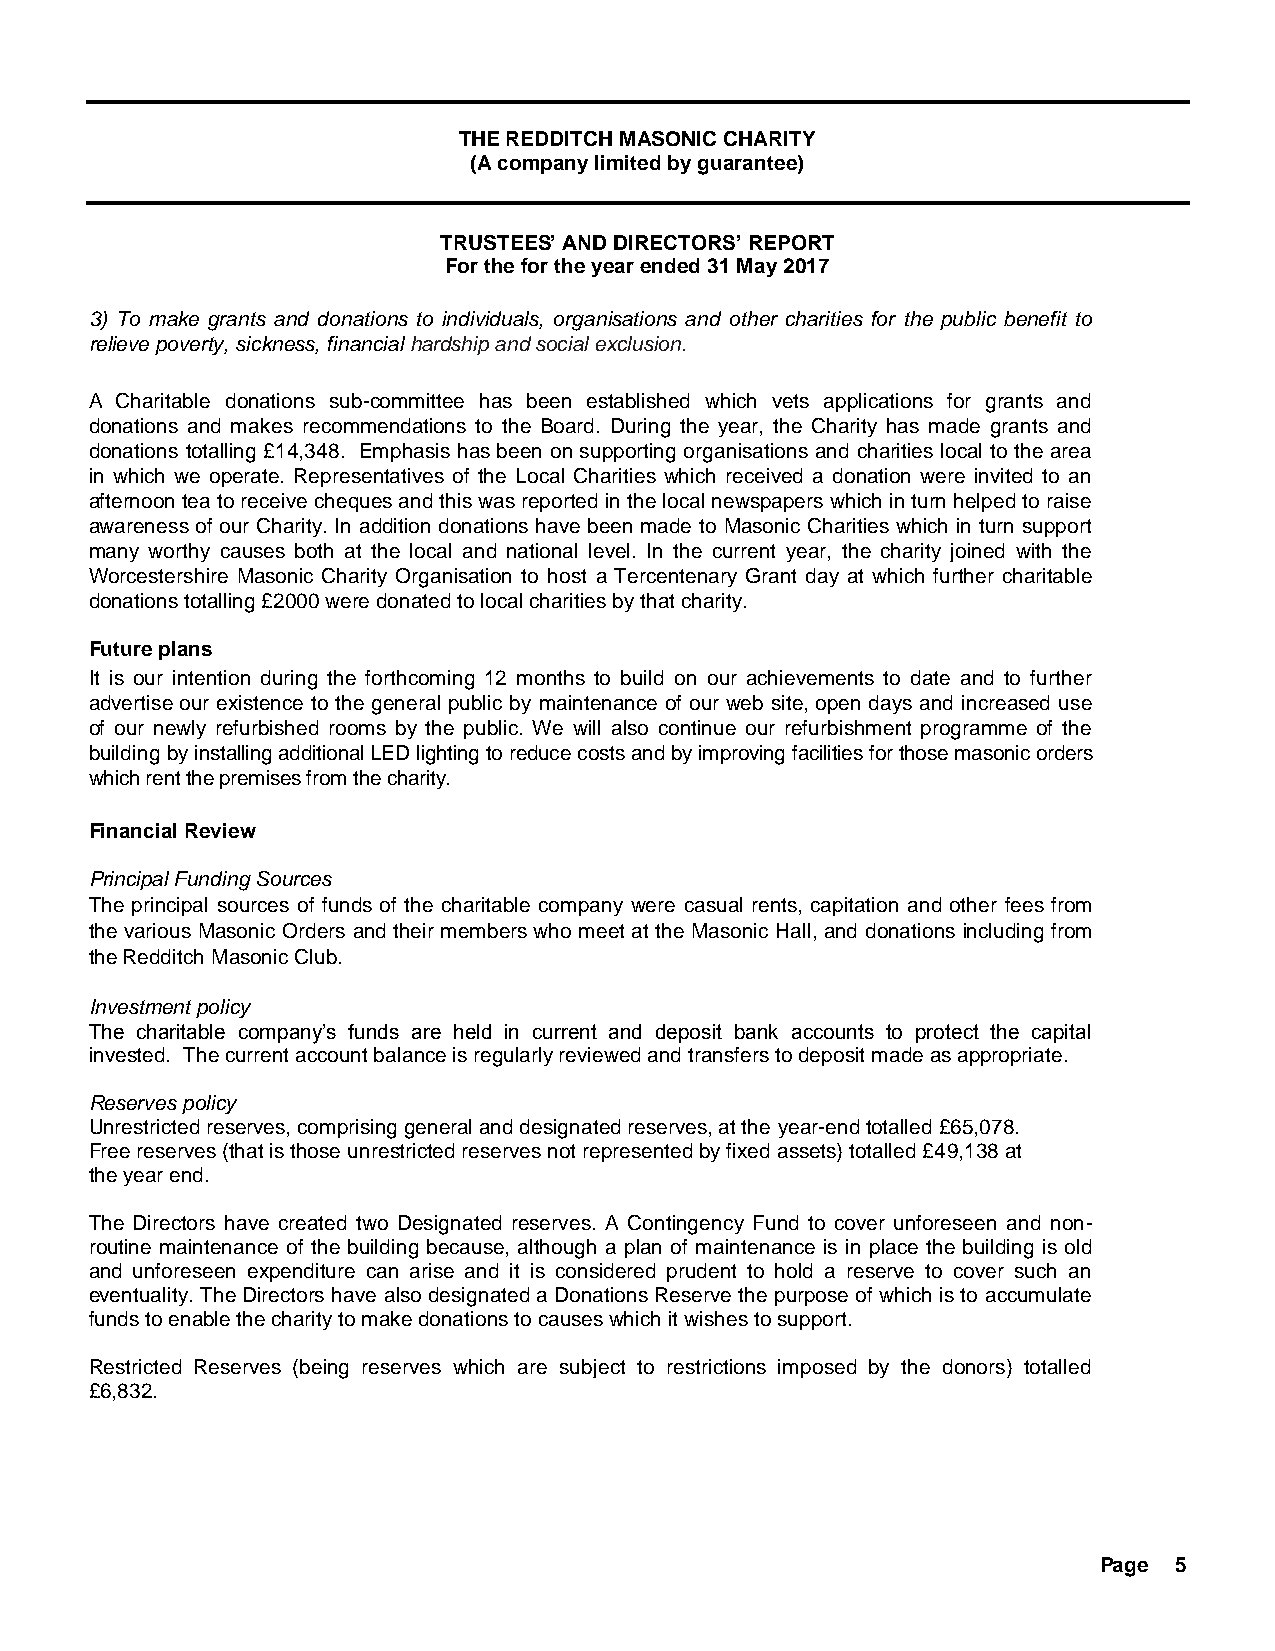
THE REDDITCH MASONIC CHARITY
 (A company limited by guarantee)
 TRUSTEES’ AND DIRECTORS’ REPORT
 For the for the year ended 31 May 2017
 3) To make grants and donations to individuals, organisations and other charities for the public benefit to
 relieve poverty, sickness, financial hardship and social exclusion.
 A Charitable donations sub-committee has been established which vets applications for grants and
 donations and makes recommendations to the Board. During the year, the Charity has made grants and
 donations totalling £14,348. Emphasis has been on supporting organisations and charities local to the area
 in which we operate. Representatives of the Local Charities which received a donation were invited to an
 afternoon tea to receive cheques and this was reported in the local newspapers which in turn helped to raise
 awareness of our Charity. In addition donations have been made to Masonic Charities which in turn support
 many worthy causes both at the local and national level. In the current year, the charity joined with the
 Worcestershire Masonic Charity Organisation to host a Tercentenary Grant day at which further charitable
 donations totalling £2000 were donated to local charities by that charity.
 Future plans
 It is our intention during the forthcoming 12 months to build on our achievements to date and to further
 advertise our existence to the general public by maintenance of our web site, open days and increased use
 of our newly refurbished rooms by the public. We will also continue our refurbishment programme of the
 building by installing additional LED lighting to reduce costs and by improving facilities for those masonic orders
 which rent the premises from the charity.
 Financial Review
 Principal Funding Sources
 The principal sources of funds of the charitable company were casual rents, capitation and other fees from
 the various Masonic Orders and their members who meet at the Masonic Hall, and donations including from
 the Redditch Masonic Club.
 Investment policy
 The charitable company’s funds are held in current and deposit bank accounts to protect the capital
 invested. The current account balance is regularly reviewed and transfers to deposit made as appropriate.
 Reserves policy
 Unrestricted reserves, comprising general and designated reserves, at the year-end totalled £65,078.
 Free reserves (that is those unrestricted reserves not represented by fixed assets) totalled £49,138 at
 the year end.
 The Directors have created two Designated reserves. A Contingency Fund to cover unforeseen and non-
 routine maintenance of the building because, although a plan of maintenance is in place the building is old
 and unforeseen expenditure can arise and it is considered prudent to hold a reserve to cover such an
 eventuality. The Directors have also designated a Donations Reserve the purpose of which is to accumulate
 funds to enable the charity to make donations to causes which it wishes to support.
 Restricted Reserves (being reserves which are subject to restrictions imposed by the donors) totalled
 £6,832.
 Page 5